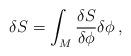
LaTeX: \begin{align*}\delta S=\int_M \frac{\delta S}{\delta \phi} \delta \phi\,,\end{align*}